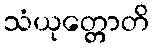
သံယုတ္တောတိ